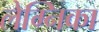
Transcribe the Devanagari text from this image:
लेग्निका